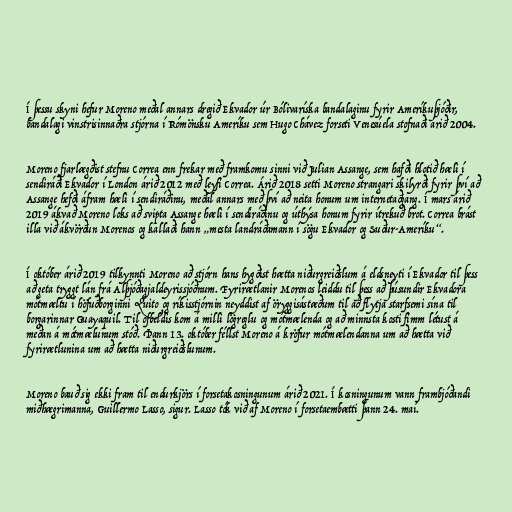
Í þessu skyni hefur Moreno meðal annars dregið Ekvador úr Bólivaríska bandalaginu fyrir Ameríkuþjóðir,
bandalagi vinstrisinnaðra stjórna í Rómönsku Ameríku sem Hugo Chávez forseti Venesúela stofnaði árið 2004.

Moreno fjarlægðist stefnu Correa enn frekar með framkomu sinni við Julian Assange, sem hafði hlotið hæli í
sendiráði Ekvador í London árið 2012 með leyfi Correa. Árið 2018 setti Moreno strangari skilyrði fyrir því að
Assange hefði áfram hæli í sendiráðinu, meðal annars með því að neita honum um internetaðgang. Í mars árið
2019 ákvað Moreno loks að svipta Assange hæli í sendiráðinu og úthýsa honum fyrir ítrekuð brot. Correa brást
illa við ákvörðun Morenos og kallaði hann „mesta landráðamann í sögu Ekvador og Suður-Ameríku“.

Í október árið 2019 tilkynnti Moreno að stjórn hans hygðist hætta niðurgreiðslum á eldsneyti í Ekvador til þess
að geta tryggt lán frá Alþjóðagjaldeyrissjóðnum. Fyrirætlanir Morenos leiddu til þess að þúsundir Ekvadora
mótmæltu í höfuðborginni Quito og ríkisstjórnin neyddist af öryggisástæðum til að flytja starfsemi sína til
borgarinnar Guayaquil. Til ofbeldis kom á milli lögreglu og mótmælenda og að minnsta kosti fimm létust á
meðan á mótmælunum stóð. Þann 13. október féllst Moreno á kröfur mótmælendanna um að hætta við
fyrirætlunina um að hætta niðurgreiðslunum.

Moreno bauð sig ekki fram til endurkjörs í forsetakosningunum árið 2021. Í kosningunum vann frambjóðandi
miðhægrimanna, Guillermo Lasso, sigur. Lasso tók við af Moreno í forsetaembætti þann 24. maí.